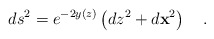
\begin{align*}ds^2 = e^{-2y(z)} \left( dz^2 + d{\bf x}^2 \right)\quad.\end{align*}